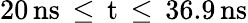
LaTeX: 20\, \mathrm{{ns}\, \leq\, t\, \leq\, 36.9\, \mathrm{{ns}}}